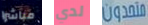
مباشرا لدي متحدون